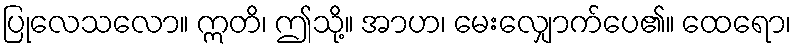
ပြုလေသလော။ ဣတိ၊ ဤသို့။ အာဟ၊ မေးလျှောက်ပေ၏။ ထေရော၊